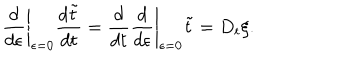
\left. \frac { d } { d \epsilon } \right| _ { \epsilon = 0 } \frac { d \tilde { t } } { d t } = \frac { d } { d t } \left. \frac { d } { d \epsilon } \right| _ { \epsilon = 0 } \tilde { t } = D _ { t } \xi .